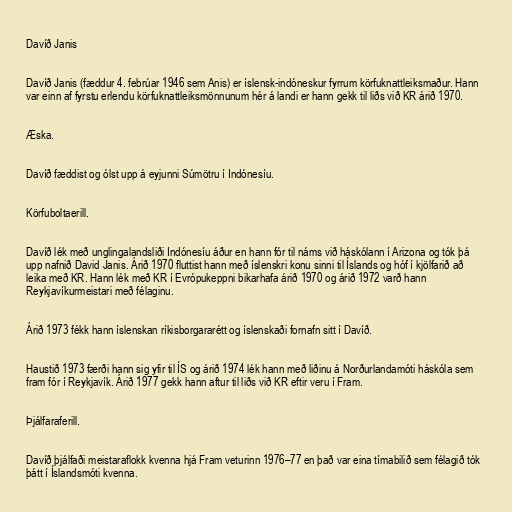
Davíð Janis

Davíð Janis (fæddur 4. febrúar 1946 sem Anis) er íslensk-indóneskur fyrrum körfuknattleiksmaður. Hann
var einn af fyrstu erlendu körfuknattleiksmönnunum hér á landi er hann gekk til liðs við KR árið 1970.

Æska.

Davíð fæddist og ólst upp á eyjunni Súmötru í Indónesíu.

Körfuboltaerill.

Davíð lék með unglingalandsliði Indónesíu áður en hann fór til náms við háskólann í Arizona og tók þá
upp nafnið David Janis. Árið 1970 fluttist hann með íslenskri konu sinni til Íslands og hóf í kjölfarið að
leika með KR. Hann lék með KR í Evrópukeppni bikarhafa árið 1970 og árið 1972 varð hann
Reykjavíkurmeistari með félaginu.

Árið 1973 fékk hann íslenskan ríkisborgararétt og íslenskaði fornafn sitt í Davíð.

Haustið 1973 færði hann sig yfir til ÍS og árið 1974 lék hann með liðinu á Norðurlandamóti háskóla sem
fram fór í Reykjavík. Árið 1977 gekk hann aftur til liðs við KR eftir veru í Fram.

Þjálfaraferill.

Davíð þjálfaði meistaraflokk kvenna hjá Fram veturinn 1976–77 en það var eina tímabilið sem félagið tók
þátt í Íslandsmóti kvenna.